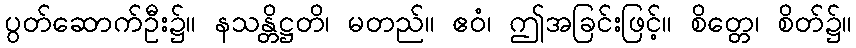
ပွတ်ဆောက်ဦး၌။ နသန္တိဋ္ဌတိ၊ မတည်။ ဧဝံ၊ ဤအခြင်းဖြင့်။ စိတ္တေ၊ စိတ်၌။